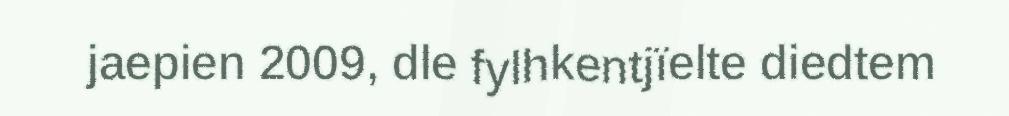
jaepien 2009, dle fylhkentjïelte diedtem